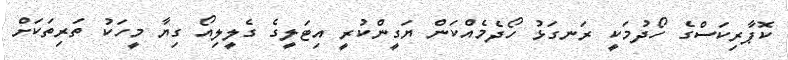
ކޮޕާރިކަސްގެ ހޯދުމަކީ ރަނގަޅު ހޯދެމެއްކަން ޔަގީންކުރީ އިޓަލީގެ ގެލީލިއޯ ގިޔާ މީހަކު ތަރިތަކަށް